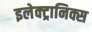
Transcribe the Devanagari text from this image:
इलेक्‍ट्रानिक्स